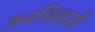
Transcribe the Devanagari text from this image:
अनधिवासी